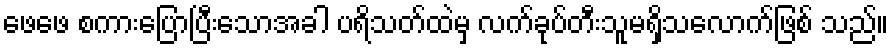
ဖေဖေ စကားပြောပြီးသောအခါ ပရိသတ်ထဲမှ လက်ခုပ်တီးသူမရှိသလောက်ဖြစ် သည်။